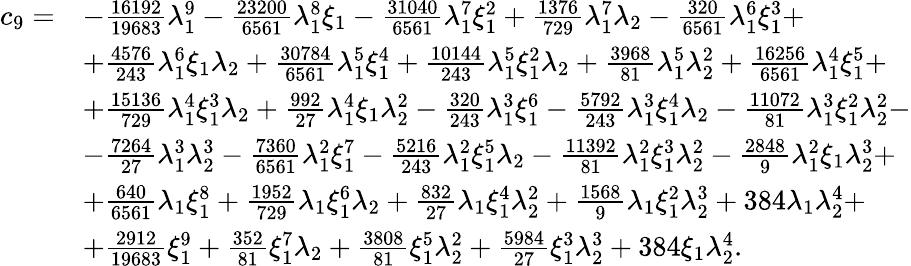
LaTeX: \begin{array}{rl}{c_{9}=}&{-\frac{16192}{19683}\lambda_{1}^{9}-\frac{23200}{6561}\lambda_{1}^{8}\xi_{1}-\frac{31040}{6561}\lambda_{1}^{7}\xi_{1}^{2}+\frac{1376}{729}\lambda_{1}^{7}\lambda_{2}-\frac{320}{6561}\lambda_{1}^{6}\xi_{1}^{3}+}\\ &{+\frac{4576}{243}\lambda_{1}^{6}\xi_{1}\lambda_{2}+\frac{30784}{6561}\lambda_{1}^{5}\xi_{1}^{4}+\frac{10144}{243}\lambda_{1}^{5}\xi_{1}^{2}\lambda_{2}+\frac{3968}{81}\lambda_{1}^{5}\lambda_{2}^{2}+\frac{16256}{6561}\lambda_{1}^{4}\xi_{1}^{5}+}\\ &{+\frac{15136}{729}\lambda_{1}^{4}\xi_{1}^{3}\lambda_{2}+\frac{992}{27}\lambda_{1}^{4}\xi_{1}\lambda_{2}^{2}-\frac{320}{243}\lambda_{1}^{3}\xi_{1}^{6}-\frac{5792}{243}\lambda_{1}^{3}\xi_{1}^{4}\lambda_{2}-\frac{11072}{81}\lambda_{1}^{3}\xi_{1}^{2}\lambda_{2}^{2}-}\\ &{-\frac{7264}{27}\lambda_{1}^{3}\lambda_{2}^{3}-\frac{7360}{6561}\lambda_{1}^{2}\xi_{1}^{7}-\frac{5216}{243}\lambda_{1}^{2}\xi_{1}^{5}\lambda_{2}-\frac{11392}{81}\lambda_{1}^{2}\xi_{1}^{3}\lambda_{2}^{2}-\frac{2848}{9}\lambda_{1}^{2}\xi_{1}\lambda_{2}^{3}+}\\ &{+\frac{640}{6561}\lambda_{1}\xi_{1}^{8}+\frac{1952}{729}\lambda_{1}\xi_{1}^{6}\lambda_{2}+\frac{832}{27}\lambda_{1}\xi_{1}^{4}\lambda_{2}^{2}+\frac{1568}{9}\lambda_{1}\xi_{1}^{2}\lambda_{2}^{3}+384\lambda_{1}\lambda_{2}^{4}+}\\ &{+\frac{2912}{19683}\xi_{1}^{9}+\frac{352}{81}\xi_{1}^{7}\lambda_{2}+\frac{3808}{81}\xi_{1}^{5}\lambda_{2}^{2}+\frac{5984}{27}\xi_{1}^{3}\lambda_{2}^{3}+384\xi_{1}\lambda_{2}^{4}.}\end{array}